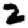
Digit: 2